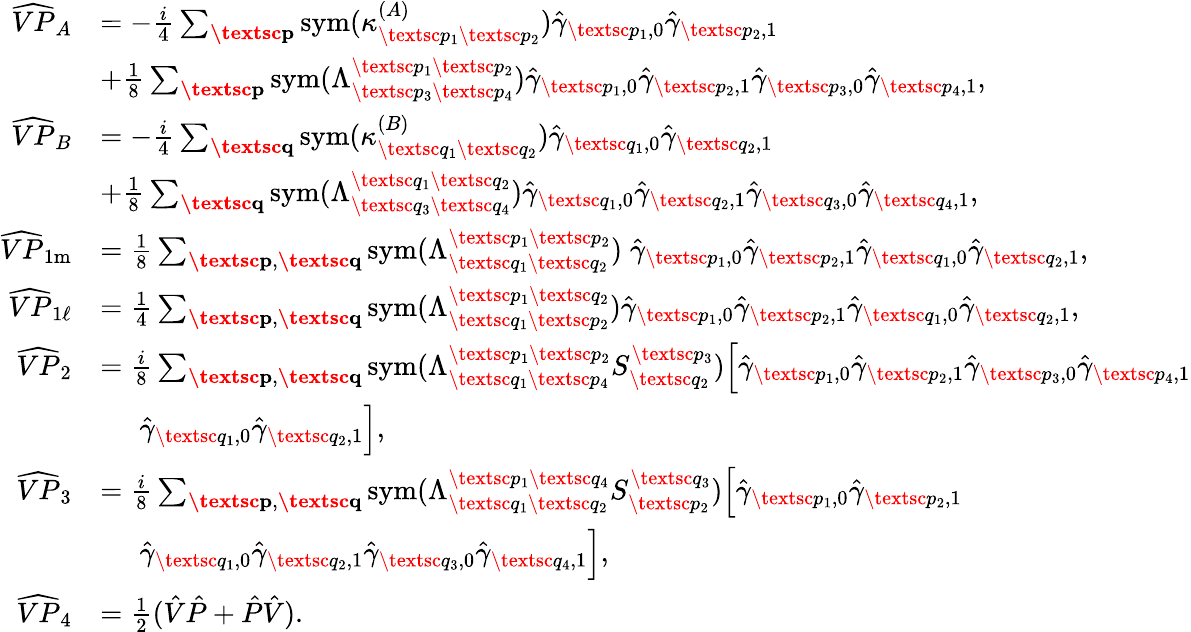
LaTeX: \begin{array}{rl}{\widehat{VP}_{A}}&{=-\frac{i}{4}\sum_{\textbf{\textsc{p}}}\mathrm{sym}(\kappa_{\textsc{p}_{1}\textsc{p}_{2}}^{(A)})\hat{\gamma}_{\textsc{p}_{1},0}\hat{\gamma}_{\textsc{p}_{2},1}}\\ &{+\frac{1}{8}\sum_{\substack{\textbf{\textsc{p}}}}\mathrm{sym}(\Lambda_{\textsc{p}_{3}\textsc{p}_{4}}^{\textsc{p}_{1}\textsc{p}_{2}})\hat{\gamma}_{\textsc{p}_{1},0}\hat{\gamma}_{\textsc{p}_{2},1}\hat{\gamma}_{\textsc{p}_{3},0}\hat{\gamma}_{\textsc{p}_{4},1},}\\ {\widehat{VP}_{B}}&{=-\frac{i}{4}\sum_{\textbf{\textsc{q}}}\mathrm{sym}(\kappa_{\textsc{q}_{1}\textsc{q}_{2}}^{(B)})\hat{\gamma}_{\textsc{q}_{1},0}\hat{\gamma}_{\textsc{q}_{2},1}}\\ &{+\frac{1}{8}\sum_{\substack{\textbf{\textsc{q}}}}\mathrm{sym}(\Lambda_{\textsc{q}_{3}\textsc{q}_{4}}^{\textsc{q}_{1}\textsc{q}_{2}})\hat{\gamma}_{\textsc{q}_{1},0}\hat{\gamma}_{\textsc{q}_{2},1}\hat{\gamma}_{\textsc{q}_{3},0}\hat{\gamma}_{\textsc{q}_{4},1},}\\ {\widehat{VP}_{1\mathrm{m}}}&{=\frac{1}{8}\sum_{\substack{\textbf{\textsc{p}},\textbf{\textsc{q}}}}\mathrm{sym}(\Lambda_{\textsc{q}_{1}\textsc{q}_{2}}^{\textsc{p}_{1}\textsc{p}_{2}})\; \hat{\gamma}_{\textsc{p}_{1},0}\hat{\gamma}_{\textsc{p}_{2},1}\hat{\gamma}_{\textsc{q}_{1},0}\hat{\gamma}_{\textsc{q}_{2},1},}\\ {\widehat{VP}_{1\ell}}&{=\frac{1}{4}\sum_{\substack{\textbf{\textsc{p}},\textbf{\textsc{q}}}}\mathrm{sym}(\Lambda_{\textsc{q}_{1}\textsc{p}_{2}}^{\textsc{p}_{1}\textsc{q}_{2}})\hat{\gamma}_{\textsc{p}_{1},0}\hat{\gamma}_{\textsc{p}_{2},1}\hat{\gamma}_{\textsc{q}_{1},0}\hat{\gamma}_{\textsc{q}_{2},1},}\\ {\widehat{VP}_{2}}&{=\frac{i}{8}\sum_{\substack{\textbf{\textsc{p}},\textbf{\textsc{q}}}}\mathrm{sym}(\Lambda_{\textsc{q}_{1}\textsc{p}_{4}}^{\textsc{p}_{1}\textsc{p}_{2}}S_{\textsc{q}_{2}}^{\textsc{p}_{3}})\Big[\hat{\gamma}_{\textsc{p}_{1},0}\hat{\gamma}_{\textsc{p}_{2},1}\hat{\gamma}_{\textsc{p}_{3},0}\hat{\gamma}_{\textsc{p}_{4},1}}\\ &{\; \; \; \; \; \hat{\gamma}_{\textsc{q}_{1},0}\hat{\gamma}_{\textsc{q}_{2},1}\Big],}\\ {\widehat{VP}_{3}}&{=\frac{i}{8}\sum_{\substack{\textbf{\textsc{p}},\textbf{\textsc{q}}}}\mathrm{sym}(\Lambda_{\textsc{q}_{1}\textsc{q}_{2}}^{\textsc{p}_{1}\textsc{q}_{4}}S_{\textsc{p}_{2}}^{\textsc{q}_{3}})\Big[\hat{\gamma}_{\textsc{p}_{1},0}\hat{\gamma}_{\textsc{p}_{2},1}}\\ &{\; \; \; \; \; \hat{\gamma}_{\textsc{q}_{1},0}\hat{\gamma}_{\textsc{q}_{2},1}\hat{\gamma}_{\textsc{q}_{3},0}\hat{\gamma}_{\textsc{q}_{4},1}\Big],}\\ {\widehat{VP}_{4}}&{=\frac{1}{2}(\hat{V}\hat{P}+\hat{P}\hat{V}).}\end{array}